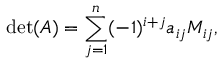
\operatorname* { d e t } ( A ) = \sum _ { j = 1 } ^ { n } ( - 1 ) ^ { i + j } a _ { i j } M _ { i j } ,